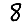
Digit: 8